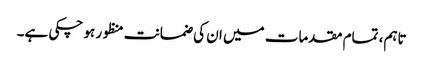
تاہم، تمام مقدمات میں ان کی ضمانت منظور ہو چکی ہے۔